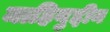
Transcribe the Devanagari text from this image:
माहियुद्दीन